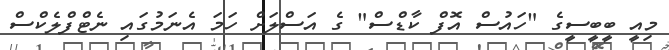
މިއީ ބީބީސީގެ "ހައުސް އޮފް ކާޑްސް" ގެ އަސްލަށް ހަމަ އެނަމުގައި ނެޓްފްލެކްސް